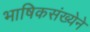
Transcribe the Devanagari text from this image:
भाषिकसंख्येने